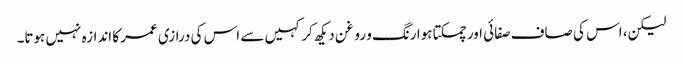
لیکن، اس کی صاف صفائی اور چمکتا ہوا رنگ و روغن دیکھ کر کہیں سے اس کی درازی عمر کا اندازہ نہیں ہوتا۔